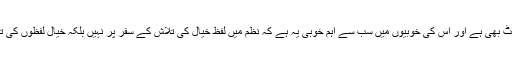
اس کے برعکس نظم کرافٹ بھی ہے اور اس کی خوبیوں میں سب سے اہم خوبی یہ ہے کہ نظم میں لفظ خیال کی تلاش کے سفر پر نہیں بلکہ خیال لفظوں کی تلاش کے سفر پر نکلتاہے۔